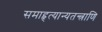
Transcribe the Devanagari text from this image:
समाहृत्यान्यतन्त्राणि